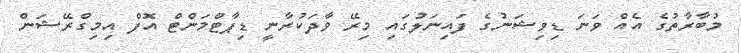
މުބާރާތުގެ އެއް ވަނަ ޑިވިޝަނުގެ ފައިނަލުގައި މިރޭ ވާދަކުރާނީ ޑިޕާޓްމަންޓް އޮފް އިމިގްރޭޝަން